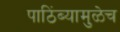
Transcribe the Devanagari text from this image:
पाठिंब्यामुळेच